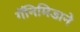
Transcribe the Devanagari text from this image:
गॅनिमिडाने